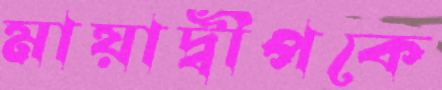
মায়াদ্বীপকে